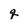
Character: g